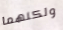
ولكنهما